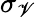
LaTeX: \sigma_{\mathscr{V}}